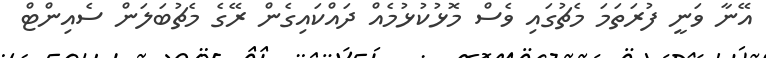
އޭނާ ވަނީ ފުރަތަމަ މެޗުގައި ވެސް މޮޅުކުޅުމެއް ދައްކައިގެން ރޭގެ މެޗުބަލަން ސެއިންޓް